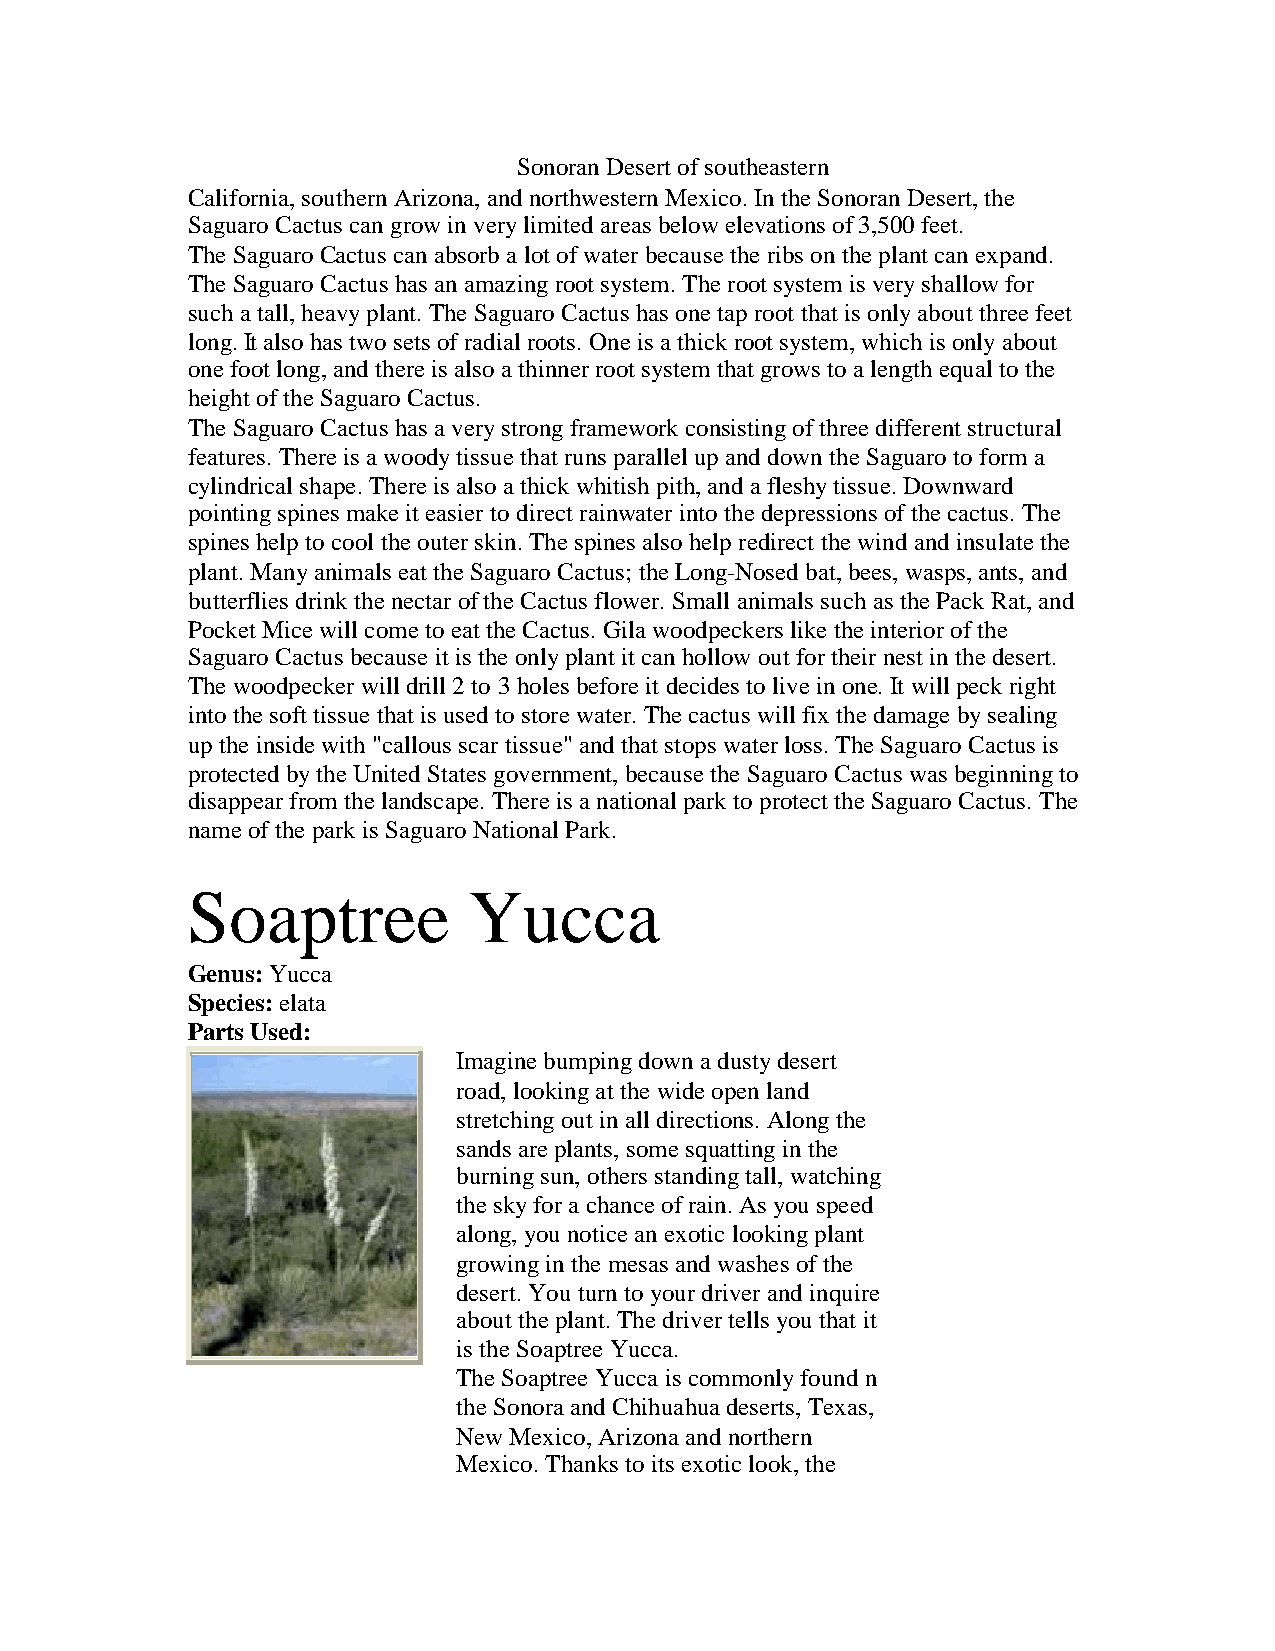
SonoranDesert ofsoutheastern
 California,southernArizona,andnorthwesternMexico.IntheSonoranDesert,the
 SaguaroCactus cangrowinverylimitedareas belowelevations of3,500feet.
 TheSaguaroCactus canabsorbalot ofwaterbecausetheribs ontheplant canexpand.
 TheSaguaroCactus has anamazingroot system.Theroot system is veryshallowfor
 such atall,heavyplant.TheSaguaroCactus has onetaproot that is onlyabout threefeet
 long.It also has twosets ofradial roots. Oneis athickroot system,whichis onlyabout
 onefoot long,andthereis also athinnerroot system that grows toalengthequal tothe
 height oftheSaguaroCactus.
 TheSaguaroCactus has averystrongframeworkconsistingofthreedifferent structural
 features. Thereis awoodytissuethat runs parallel upanddowntheSaguarotoform a
 cylindrical shape.Thereis also athickwhitish pith,andafleshytissue.Downward
 pointingspines makeit easiertodirect rainwaterintothedepressions ofthecactus. The
 spines helptocool theouterskin.Thespines also helpredirect thewindandinsulatethe
 plant.Manyanimals eat theSaguaroCactus; theLong-Nosedbat,bees, wasps,ants, and
 butterflies drinkthenectaroftheCactus flower.Small animals suchas thePackRat,and
 Pocket Micewill cometoeat theCactus. Gilawoodpeckers liketheinteriorofthe
 SaguaroCactus becauseit is theonlyplant it canhollowout fortheirnest inthedesert.
 Thewoodpeckerwill drill2to 3holes beforeit decides toliveinone.It will peckright
 intothesoft tissuethat is usedtostorewater.Thecactus will fix thedamagebysealing
 uptheinsidewith"callous scartissue"andthat stops waterloss.TheSaguaroCactus is
 protectedbytheUnitedStates government,becausetheSaguaroCactus was beginningto
 disappearfrom thelandscape.Thereis anational parktoprotect theSaguaroCactus. The
 nameoftheparkis SaguaroNational Park.
 Soaptree           Yucca
 Genus:Yucca
 Species:elata
 Parts Used:
 Imaginebumpingdownadustydesert
 road,lookingat thewideopenland
 stretchingout inall directions. Alongthe
 sands areplants, somesquattinginthe
 burningsun, others standingtall,watching
 theskyforachanceofrain.As youspeed
 along,younoticeanexoticlookingplant
 growinginthemesas andwashes ofthe
 desert.Youturntoyourdriverandinquire
 about theplant.Thedrivertells youthat it
 is theSoaptreeYucca.
 TheSoaptreeYuccais commonlyfoundn
 theSonoraandChihuahuadeserts, Texas,
 NewMexico,Arizonaandnorthern
 Mexico.Thanks toits exoticlook,the